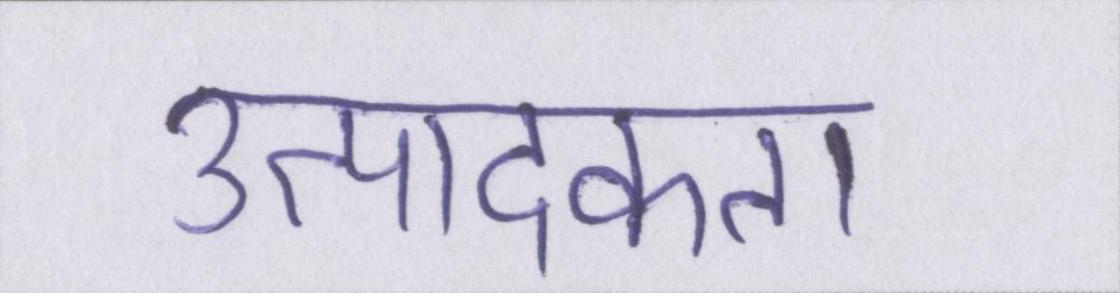
उत्पादकता